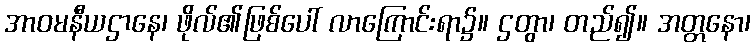
အာဝမနီယဌာနေ၊ ဖိုလ်၏ဖြစ်ပေါ် လာကြောင်းရာ၌။ ဌတွာ၊ တည်၍။ အတ္တနော၊